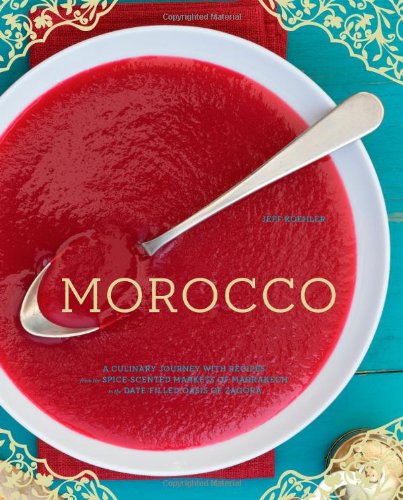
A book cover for Morocco: A Culinary Journey with Recipes from the Spice-Scented Markets of Marrakech to the Date-Filled Oasis of Zagora; Jeff Koehler; Cookbooks, Food & Wine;